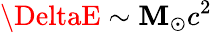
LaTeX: \DeltaE\sim\mathbf{M}_{\odot}c^{2}